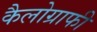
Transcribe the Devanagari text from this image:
कैलोग्राफी